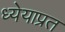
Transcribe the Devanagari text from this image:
ध्येयाप्रत